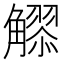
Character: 𧥂